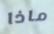
ماذا